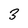
Character: 3